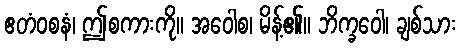
ဧတံဝစနံ၊ ဤစကားကို။ အဝေါစ၊ မိန့်၏။ ဘိက္ခဝေါ၊ ချစ်သား